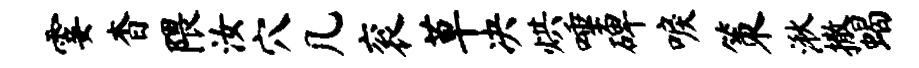
霎杳隈汝穴几衮草决烘唾碑唳策湫撒蝎